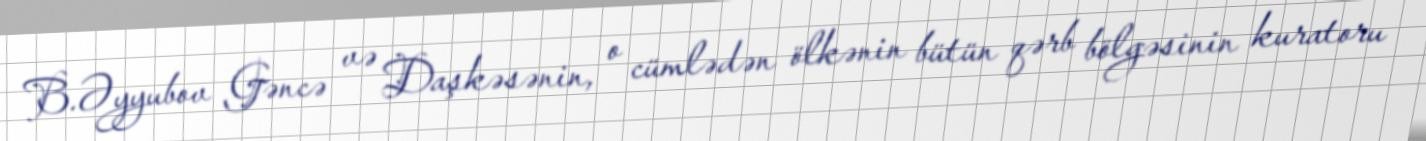
B.Əyyubov Gəncə və Daşkəsənin, o cümlədən ölkənin bütün qərb bölgəsinin kuratoru